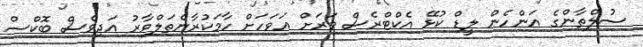
ސުލްތާންގެ އަންހެން ލީޑް ކުޅޭ އެކްޓްރެސް ވަރަށް އަވަހަށް ހާމަކުރާނެތަލްވާރު އަދިވެސް ބޮކްސް